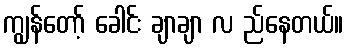
ကျွန်တော့် ခေါင်း ချာချာ လ ည်နေတယ်။